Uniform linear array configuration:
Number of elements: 4
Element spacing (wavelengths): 0.25
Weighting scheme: hamming
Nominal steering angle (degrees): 60
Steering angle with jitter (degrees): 59.845
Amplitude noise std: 0.05
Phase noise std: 0.05

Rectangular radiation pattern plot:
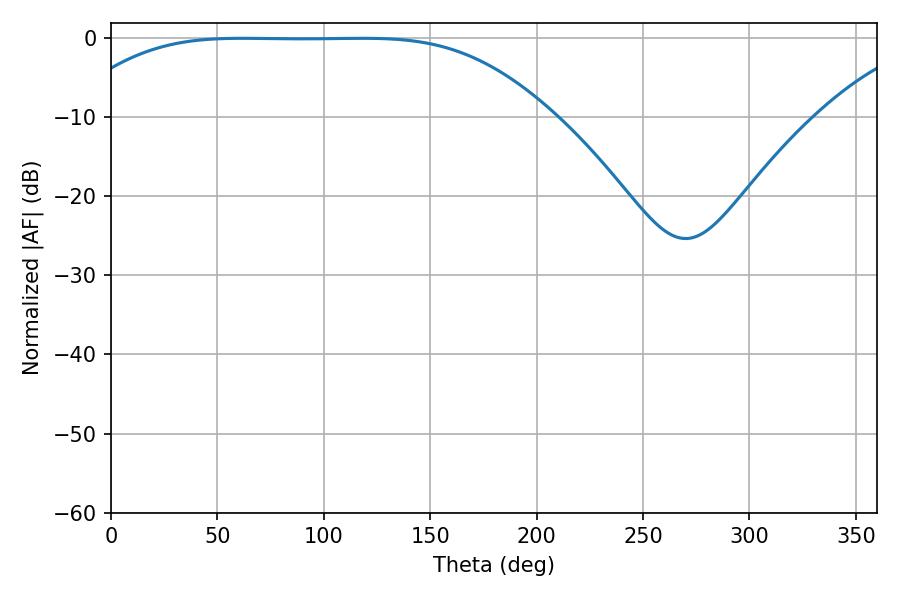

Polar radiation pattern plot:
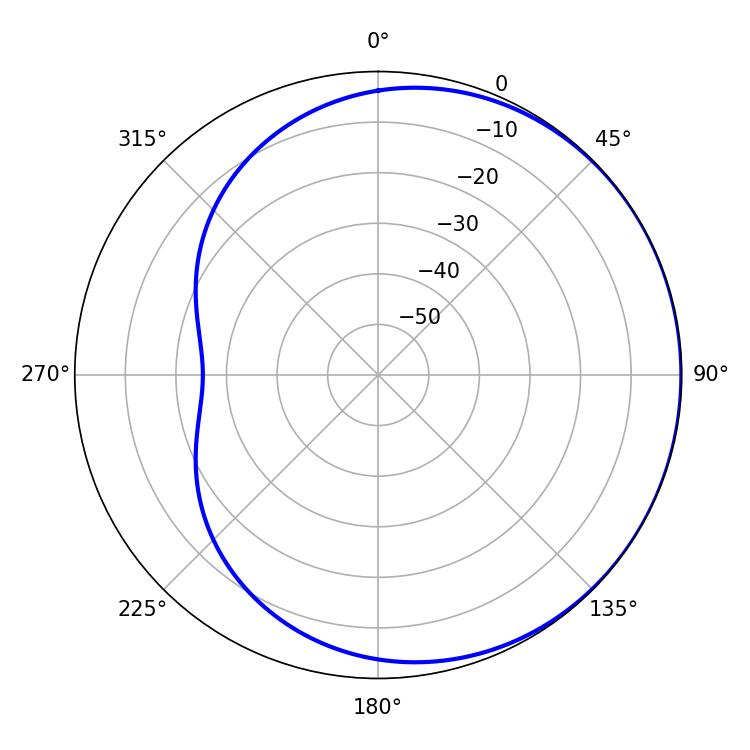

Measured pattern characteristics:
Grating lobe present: FALSE
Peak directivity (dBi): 0.4562
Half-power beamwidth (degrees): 169.2
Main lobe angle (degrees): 61.74